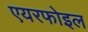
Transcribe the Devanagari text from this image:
एयरफोइल